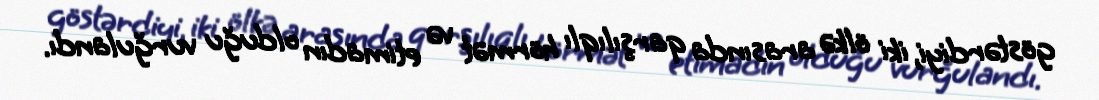
göstərdiyi, iki ölkə arasında qarşılıqlı hörmət və etimadın olduğu vurğulandı.